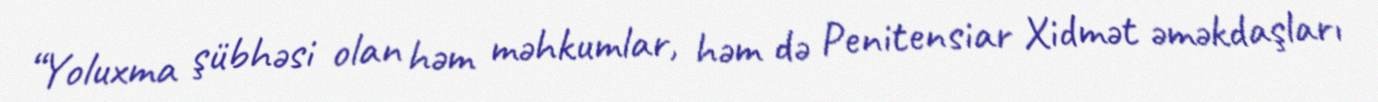
“Yoluxma şübhəsi olan həm məhkumlar, həm də Penitensiar Xidmət əməkdaşları